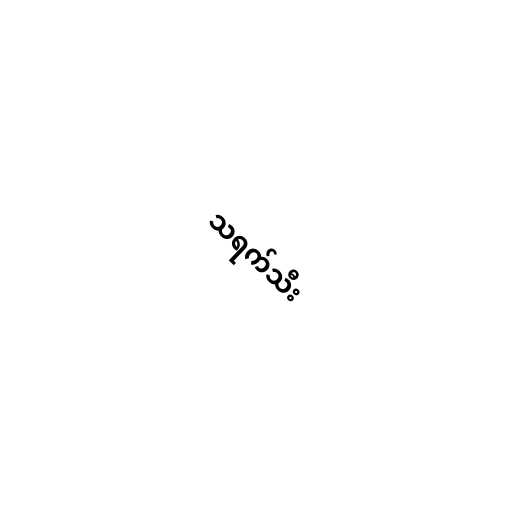
သရက်သီး